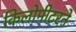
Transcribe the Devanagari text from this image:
किलोमीटरने